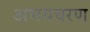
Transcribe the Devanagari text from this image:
अभयचरण